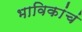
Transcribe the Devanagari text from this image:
भाविकांचं